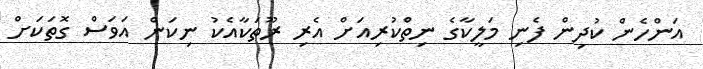
އަންހެން ކުދިން ފެނި މަލީކާގެ ނިތްކުރިއަށް އެރި ރޫތަކާއެކު ނިކަން އަވަސް ގޮތަކަށް